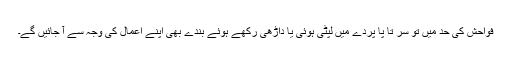
فواحش کی حد میں تو سر تا پا پردے میں لپٹی ہوئی یا داڑھی رکھے ہوئے بندے بھی اپنے اعمال کی وجہ سے آ جائیں گے۔